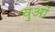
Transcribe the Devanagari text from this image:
चुओं